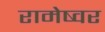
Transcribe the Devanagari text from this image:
रामेष्वर